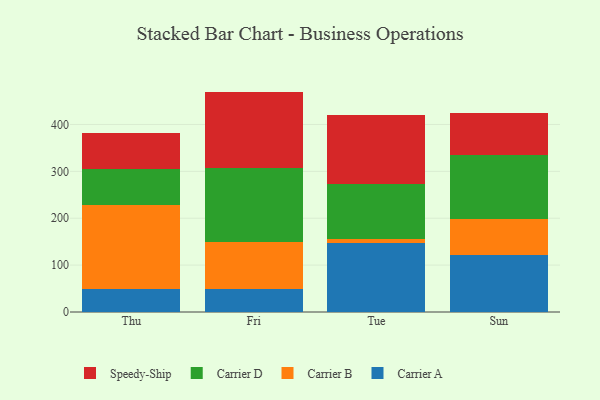
{"axis": {"x": "Day", "y": "Budget (USD K)"}, "legend": ["Carrier A", "Carrier B", "Carrier D", "Speedy-Ship"], "data": [{"x": "Thu", "y": 50.1, "type": "Carrier A"}, {"x": "Thu", "y": 177.2, "type": "Carrier B"}, {"x": "Thu", "y": 78.2, "type": "Carrier D"}, {"x": "Thu", "y": 77.3, "type": "Speedy-Ship"}, {"x": "Fri", "y": 49.6, "type": "Carrier A"}, {"x": "Fri", "y": 100.7, "type": "Carrier B"}, {"x": "Fri", "y": 155.8, "type": "Carrier D"}, {"x": "Fri", "y": 164.0, "type": "Speedy-Ship"}, {"x": "Tue", "y": 146.9, "type": "Carrier A"}, {"x": "Tue", "y": 9.4, "type": "Carrier B"}, {"x": "Tue", "y": 117.0, "type": "Carrier D"}, {"x": "Tue", "y": 146.0, "type": "Speedy-Ship"}, {"x": "Sun", "y": 121.5, "type": "Carrier A"}, {"x": "Sun", "y": 76.0, "type": "Carrier B"}, {"x": "Sun", "y": 137.8, "type": "Carrier D"}, {"x": "Sun", "y": 89.3, "type": "Speedy-Ship"}]}